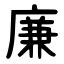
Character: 廉